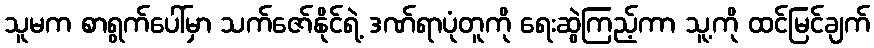
သူမက စာရွက်ပေါ်မှာ သက်ဇော်နိုင်ရဲ့ ဒဏ်ရာပုံတူကို ရေးဆွဲကြည့်ကာ သူ့ကို ထင်မြင်ချက်